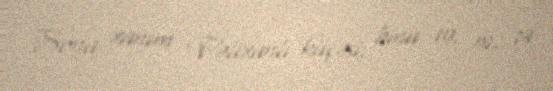
Sona xanım Vəlixanlı küçəsi, bina 19, m. 74